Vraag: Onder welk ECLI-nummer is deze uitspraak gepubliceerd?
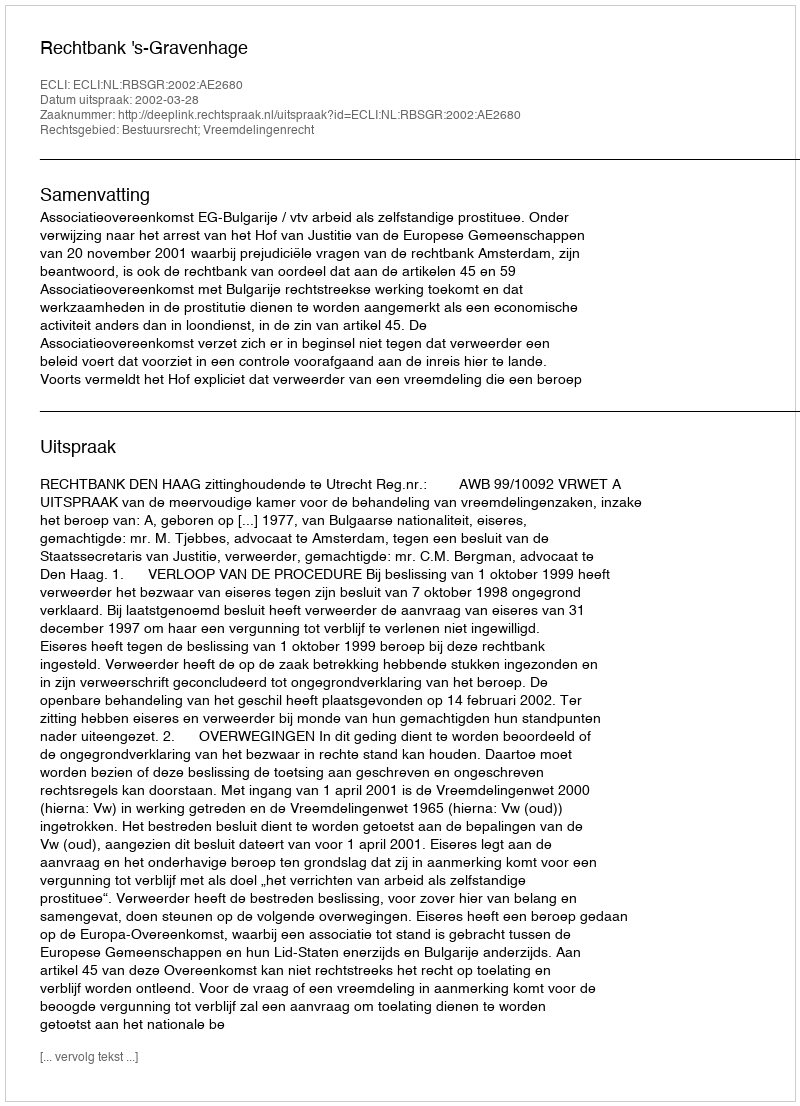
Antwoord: ECLI:NL:RBSGR:2002:AE2680